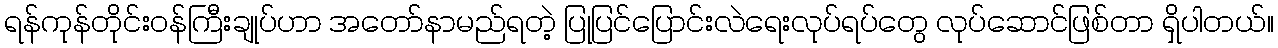
ရန်ကုန်တိုင်းဝန်ကြီးချုပ်ဟာ အတော်နာမည်ရတဲ့ ပြုပြင်ပြောင်းလဲရေးလုပ်ရပ်တွေ လုပ်ဆောင်ဖြစ်တာ ရှိပါတယ်။